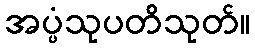
အပ္ပံသုပတိသုတ်။